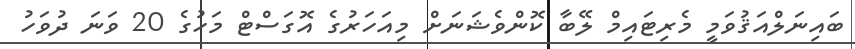
ބައިނަލްއަޤުވަމީ މެރިޓައިމް ލޭބާ ކޮންވެޝަނަށް މިއަހަރުގެ އޮގަސްޓް މަހުގެ 20 ވަނަ ދުވަހު